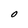
Character: O